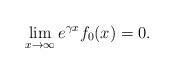
LaTeX: \begin{align*} \lim_{x\to \infty} e^{\gamma x} f_0(x)=0.\end{align*}